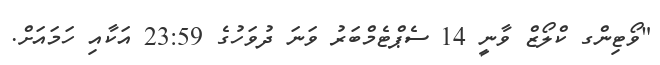
"ވޯޓިންގ ކްލޯޒް ވާނީ 14 ސެޕްޓެމްބަރު ވަނަ ދުވަހުގެ 23:59 އަކާއި ހަމައަށް.